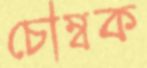
চৌম্বক